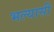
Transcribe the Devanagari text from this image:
भल्यासी